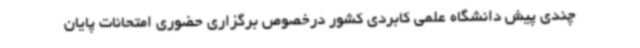
چندی پیش دانشگاه علمی کابردی کشور درخصوص برگزاری حضوری امتحانات پایان